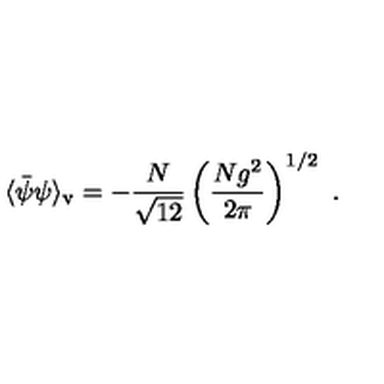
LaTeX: \langle \bar { \psi } \psi \rangle _ { \mathrm { v } } = - \frac { N } { \sqrt { 1 2 } } \left( \frac { N g ^ { 2 } } { 2 \pi } \right) ^ { 1 / 2 } \ .